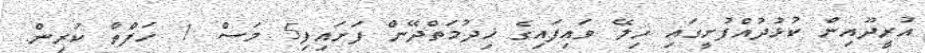
އުރީދޫއިން ކުޅުދުއްފުށީގައި ހިލޭ ވައިފައިގެ ޚިދުމަތްދޭން ފަށައިފި5 މަސް 1 ހަފްތާ ކުރިން.